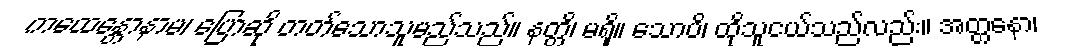
ကထေန္တောနာမ၊ ပြောဆို တတ်သောသူမည်သည်။ နတ္တိ၊ မရှိ။ သောပိ၊ ထိုသူငယ်သည်လည်း။ အတ္တနော၊